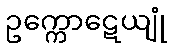
ဥက္ကောဋေယျုံ